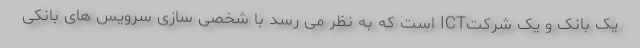
یک بانک و یک شرکتICT است که به نظر می رسد با شخصی سازی سرویس های بانکی